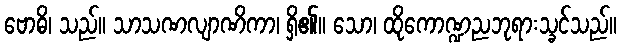
ဗောဓိ၊ သည်။ သာသဏလျာဏိကာ၊ ရှိ၏။ သော၊ ထိုကောဏ္ဍညဘုရားသ္ခင်သည်။